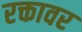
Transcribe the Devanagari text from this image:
रक्तावर